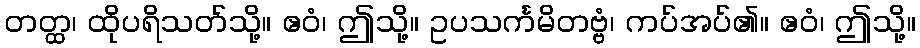
တတ္ထ၊ ထိုပရိသတ်သို့။ ဧဝံ၊ ဤသို့။ ဥပသင်္ကမိတဗ္ဗံ၊ ကပ်အပ်၏။ ဧဝံ၊ ဤသို့။